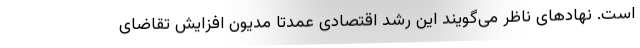
است. نهادهای ناظر می‌گویند این رشد اقتصادی عمدتا مدیون افزایش تقاضای